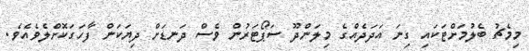
މިމެޗު ބެލުމަށްޓަކައި ގިނަ އަދަދެއްގެ މިލަންދޫ ސަޕޯޓަރުން ވެސް ދަނޑަށް ދިޔަކަން ފާހަގަކޮށްލެވެއެވެ.